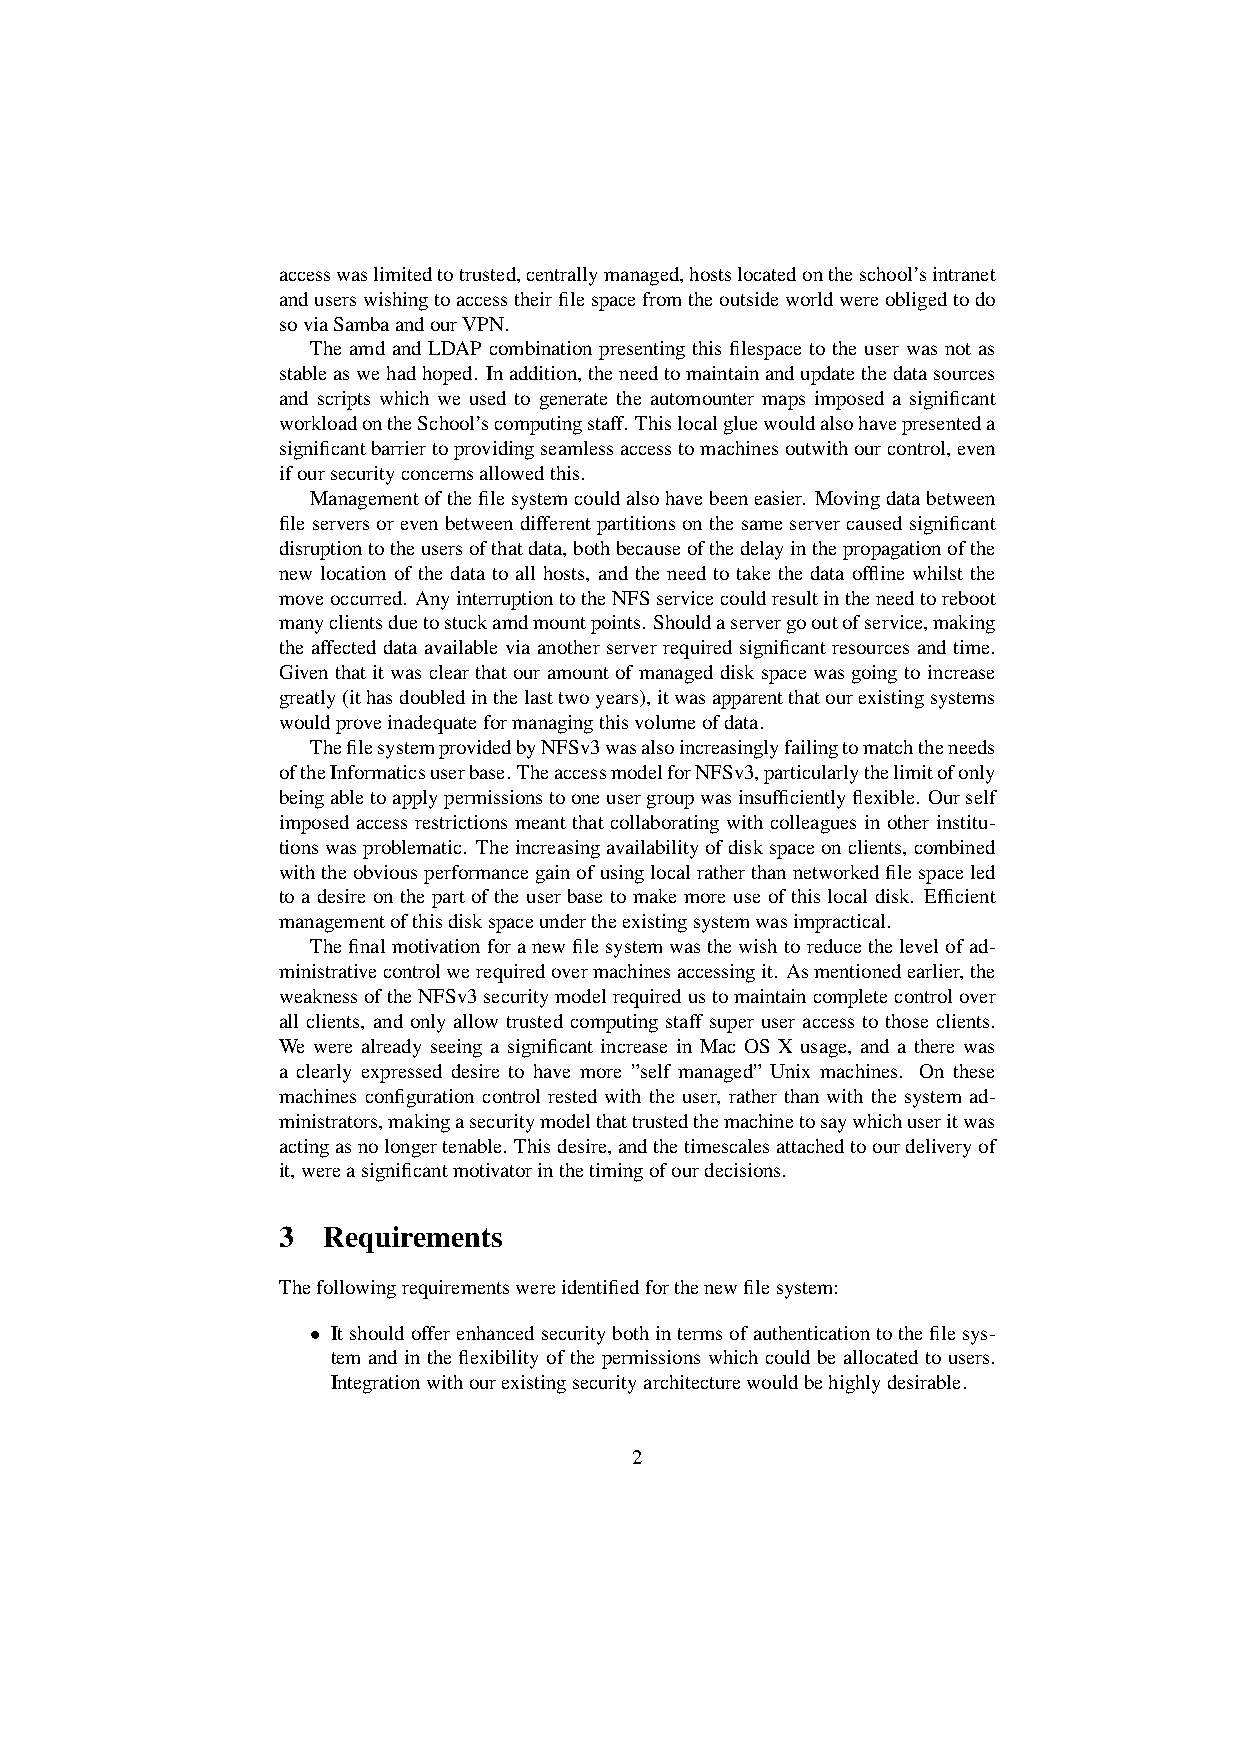
accesswaslimitedtotrusted,centrallymanaged,hostslocatedontheschool’sintranet
 anduserswishingtoaccesstheirfilespacefromtheoutsideworldwereobligedtodo
 soviaSambaandourVPN.
 The amd and LDAP combination presenting this filespace to the user was not as
 stableaswehadhoped. Inaddition,theneedtomaintainandupdatethedatasources
 and scripts which we used to generate the automounter maps imposed a significant
 workloadontheSchool’scomputingstaff. Thislocalgluewouldalsohavepresenteda
 significantbarriertoprovidingseamlessaccesstomachinesoutwithourcontrol,even
 ifoursecurityconcernsallowedthis.
 Managementofthefilesystemcouldalsohavebeeneasier. Movingdatabetween
 fileserversorevenbetweendifferentpartitionsonthesameservercausedsignificant
 disruptiontotheusersofthatdata,bothbecauseofthedelayinthepropagationofthe
 new location of the data to all hosts, and the need to take the data offline whilst the
 moveoccurred. AnyinterruptiontotheNFSservicecouldresultintheneedtoreboot
 manyclientsduetostuckamdmountpoints. Shouldaservergooutofservice,making
 the affected data available via another server required significant resources and time.
 Giventhatitwasclearthatouramountofmanageddiskspacewasgoingtoincrease
 greatly(ithasdoubledinthelasttwoyears),itwasapparentthatourexistingsystems
 wouldproveinadequateformanagingthisvolumeofdata.
 ThefilesystemprovidedbyNFSv3wasalsoincreasinglyfailingtomatchtheneeds
 oftheInformaticsuserbase.TheaccessmodelforNFSv3,particularlythelimitofonly
 beingabletoapplypermissionstooneusergroupwasinsufficientlyflexible. Ourself
 imposed access restrictions meant that collaborating with colleagues in other institu-
 tionswasproblematic. Theincreasingavailabilityofdiskspaceonclients,combined
 withtheobviousperformancegainofusinglocalratherthannetworkedfilespaceled
 to a desire on the part of the user base to make more use of this local disk. Efficient
 managementofthisdiskspaceundertheexistingsystemwasimpractical.
 Thefinalmotivationforanewfilesystemwasthewishtoreducethelevelofad-
 ministrativecontrolwerequiredovermachinesaccessingit. Asmentionedearlier,the
 weaknessoftheNFSv3securitymodelrequiredustomaintaincompletecontrolover
 all clients, and only allow trusted computing staff super user access to those clients.
 We were already seeing a significant increase in Mac OS X usage, and a there was
 a clearly expressed desire to have more ”self managed” Unix machines. On these
 machines configuration control rested with the user, rather than with the system ad-
 ministrators,makingasecuritymodelthattrustedthemachinetosaywhichuseritwas
 actingasnolongertenable. Thisdesire,andthetimescalesattachedtoourdeliveryof
 it,wereasignificantmotivatorinthetimingofourdecisions.
 3  Requirements
 Thefollowingrequirementswereidentifiedforthenewfilesystem:
 • Itshouldofferenhancedsecuritybothintermsofauthenticationtothefilesys-
 tem and in the flexibility of the permissions which could be allocated to users.
 Integrationwithourexistingsecurityarchitecturewouldbehighlydesirable.
 2